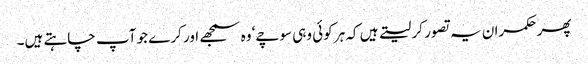
پھر حکمران یہ تصور کر لیتے ہیں کہ ہر کوئی وہی سوچے‘ وہ سمجھے اور کرے جو آپ چاہتے ہیں۔